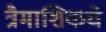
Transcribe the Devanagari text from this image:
त्रैमाशिकचे